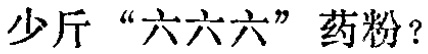
多少斤“六六六”药粉？